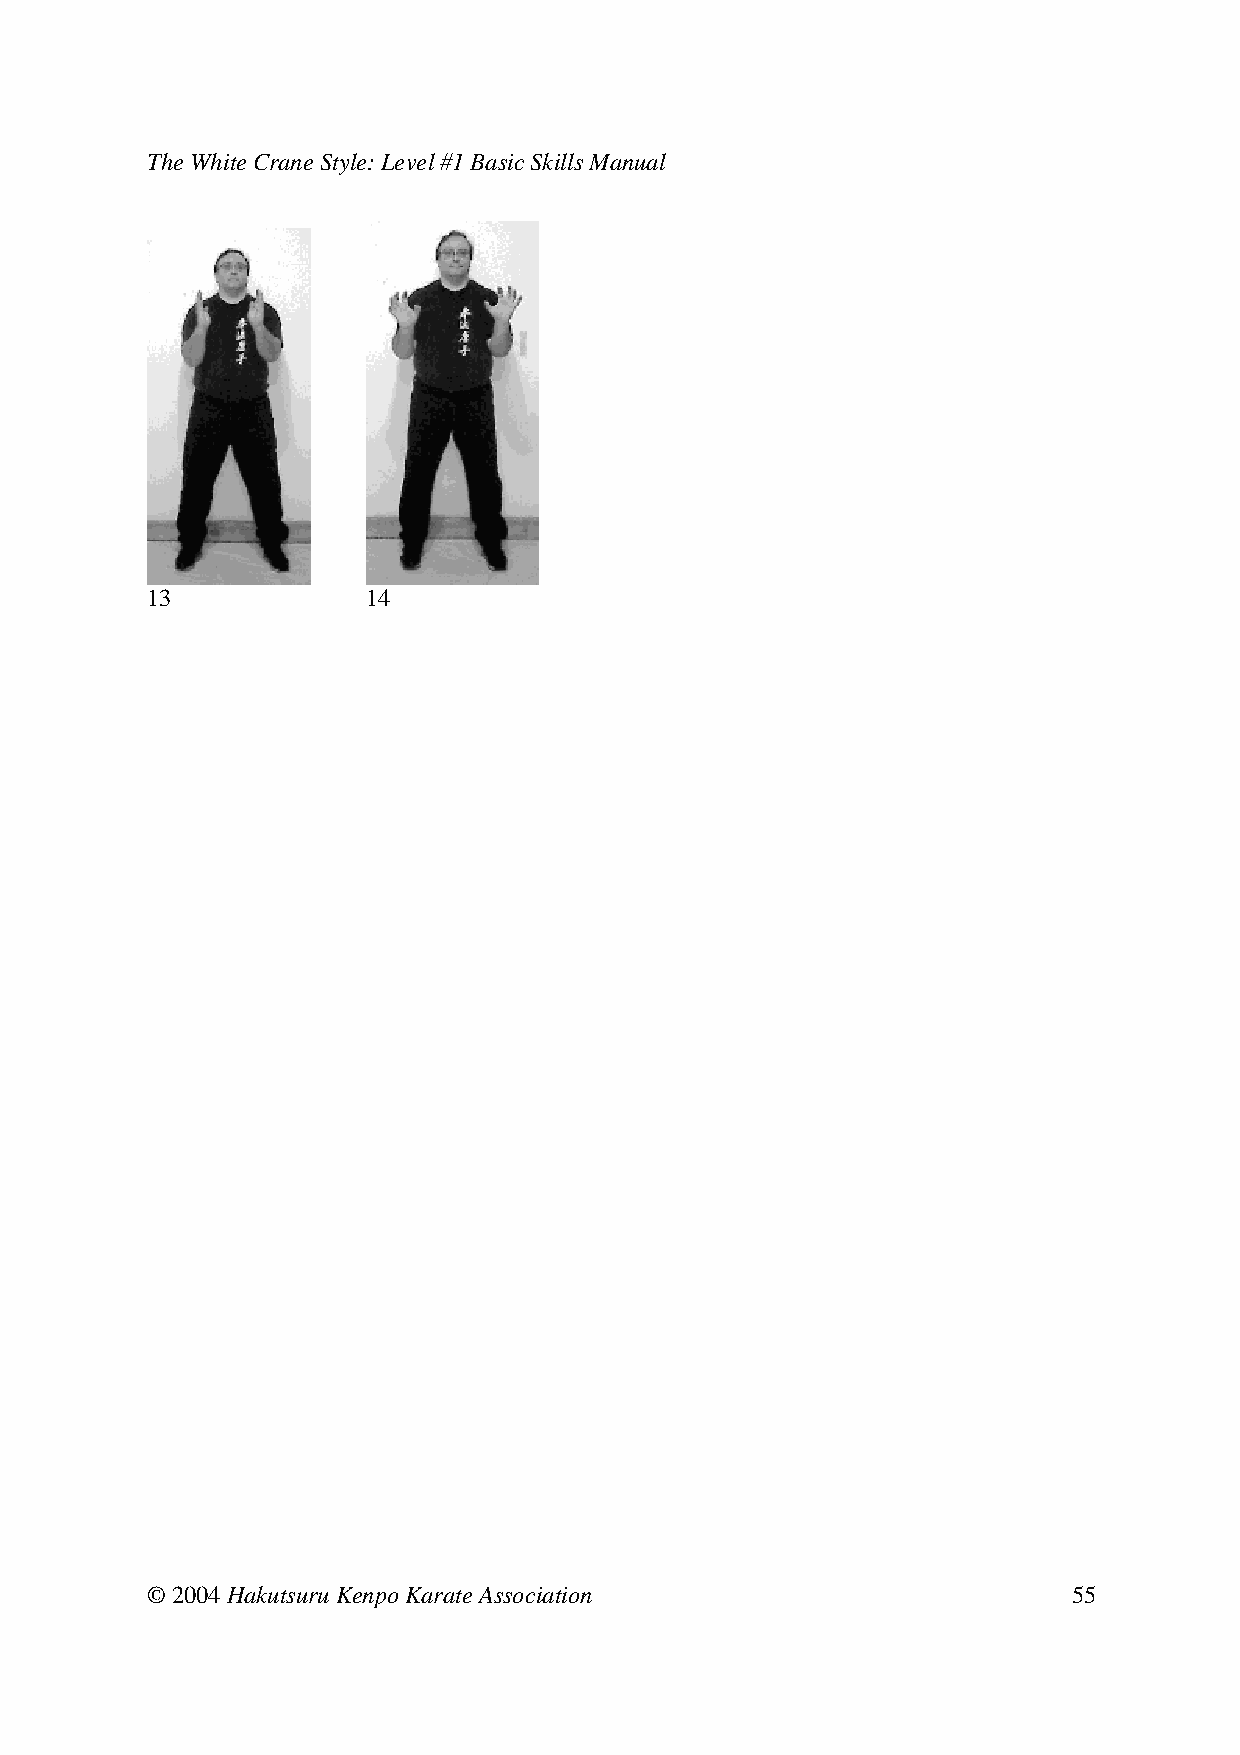
The White Crane Style: Level #1 Basic Skills Manual
 13     14
 © 2004 Hakutsuru Kenpo Karate Association                    55